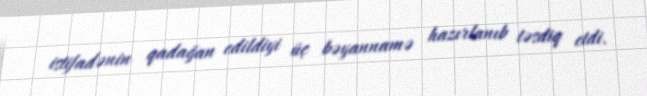
istifadənin qadağan edildiyi üç bəyannamə hazırlanıb təsdiq etdi.